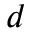
d